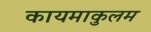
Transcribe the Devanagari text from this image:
कायमाकुलम